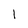
Character: 1